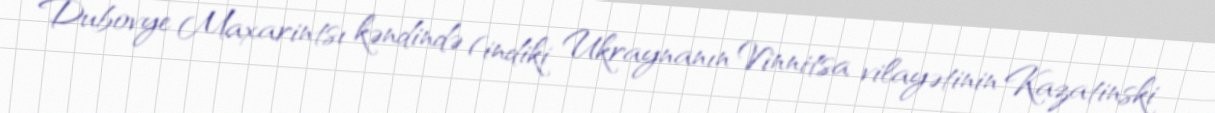
Dubovye Maxarintsı kəndində (indiki Ukraynanın Vinnitsa vilayətinin Kazatinski